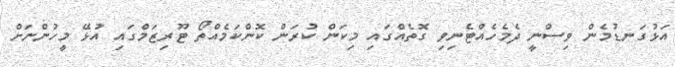
އަޅުގަނޑުމެން ވިސްނީ ދެމެހެއްޓެނިވި ގޮތެއްގައި މިކަން ކުރަން ކޮންކަމެއްތޯ ޓޫރިޒަމްގައި އުޅޭ މީހުންނަށް